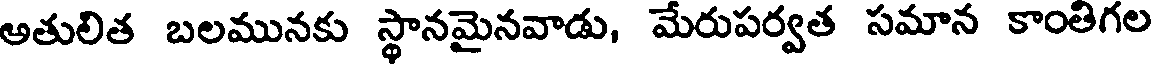
అతులిత బలమునకు స్థానమైనవాడు, మేరుపర్వత సమాన కాంతిగల